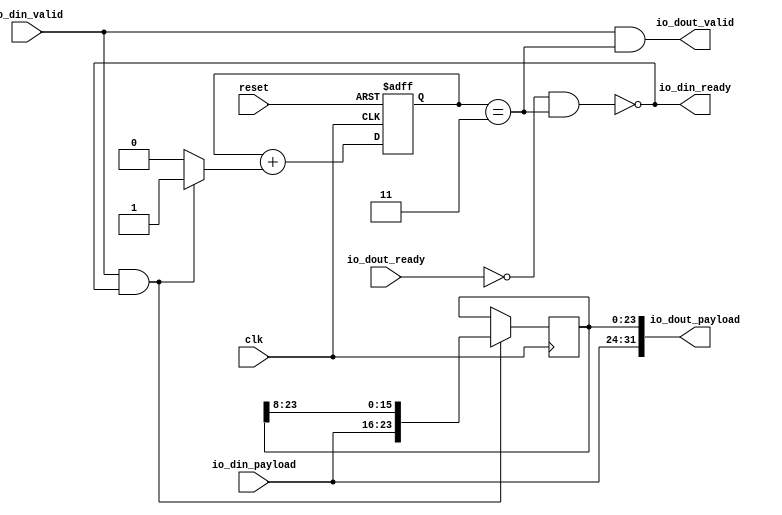
// Generator : SpinalHDL v1.7.2    git head : 08fc866bebdc40c471ebe327bface63e34406489
// Component : StreamWidthAdapter_2
// Git hash  : 23d564a3e9d4d768c2cb1641ec7dc2becc0d2602

`timescale 1ns/1ps

module StreamWidthAdapter_2 (
  input               io_din_valid,
  output              io_din_ready,
  input      [7:0]    io_din_payload,
  output              io_dout_valid,
  input               io_dout_ready,
  output     [31:0]   io_dout_payload,
  input               clk,
  input               reset
);

  wire       [1:0]    _zz__zz_io_din_ready_1;
  wire       [0:0]    _zz__zz_io_din_ready_1_1;
  wire       [15:0]   _zz__zz_io_dout_payload;
  wire       [31:0]   _zz_io_dout_payload_1;
  wire       [31:0]   _zz_io_dout_payload_2;
  wire                io_din_fire;
  reg                 _zz_io_din_ready;
  reg        [1:0]    _zz_io_din_ready_1;
  reg        [1:0]    _zz_io_din_ready_2;
  wire                _zz_io_din_ready_3;
  reg        [23:0]   _zz_io_dout_payload;
  wire                io_din_fire_1;

  assign _zz__zz_io_din_ready_1_1 = _zz_io_din_ready;
  assign _zz__zz_io_din_ready_1 = {1'd0, _zz__zz_io_din_ready_1_1};
  assign _zz__zz_io_dout_payload = (_zz_io_dout_payload >>> 8);
  assign _zz_io_dout_payload_2 = {io_din_payload,_zz_io_dout_payload};
  assign _zz_io_dout_payload_1 = _zz_io_dout_payload_2;
  assign io_din_fire = (io_din_valid && io_din_ready);
  always @(*) begin
    _zz_io_din_ready = 1'b0;
    if(io_din_fire) begin
      _zz_io_din_ready = 1'b1;
    end
  end

  assign _zz_io_din_ready_3 = (_zz_io_din_ready_2 == 2'b11);
  always @(*) begin
    _zz_io_din_ready_1 = (_zz_io_din_ready_2 + _zz__zz_io_din_ready_1);
    if(1'b0) begin
      _zz_io_din_ready_1 = 2'b00;
    end
  end

  assign io_din_fire_1 = (io_din_valid && io_din_ready);
  assign io_dout_valid = (io_din_valid && _zz_io_din_ready_3);
  assign io_dout_payload = _zz_io_dout_payload_1;
  assign io_din_ready = (! ((! io_dout_ready) && _zz_io_din_ready_3));
  always @(posedge clk or posedge reset) begin
    if(reset) begin
      _zz_io_din_ready_2 <= 2'b00;
    end else begin
      _zz_io_din_ready_2 <= _zz_io_din_ready_1;
    end
  end

  always @(posedge clk) begin
    if(io_din_fire_1) begin
      _zz_io_dout_payload <= {io_din_payload,_zz__zz_io_dout_payload};
    end
  end


endmodule